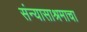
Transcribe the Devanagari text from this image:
संन्यासाश्रमाचा